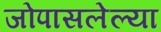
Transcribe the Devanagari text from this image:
जोपासलेल्या